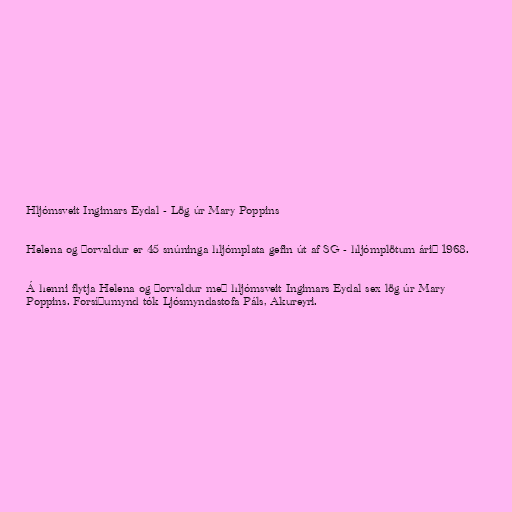
Hljómsveit Ingimars Eydal - Lög úr Mary Poppins

Helena og Þorvaldur er 45 snúninga hljómplata gefin út af SG - hljómplötum árið 1968.

Á henni flytja Helena og Þorvaldur með hljómsveit Ingimars Eydal sex lög úr Mary
Poppins. Forsíðumynd tók Ljósmyndastofa Páls, Akureyri.